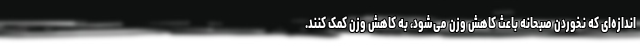
اندازه‌ای که نخوردن صبحانه باعث کاهش وزن می‌شود، به کاهش وزن کمک کنند.